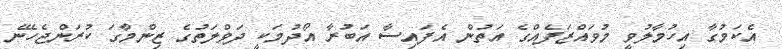
އެކަމުގާ އިހުމާލުވީ މުވައްޒަފެއްގެ އަތުން އެފައިސާ އަބުރާ އޯދުމަކީ ދަވްލަތުގެ ޒިންމާގަ ކުރަންޖެހޭނެ